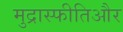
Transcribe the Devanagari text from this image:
मुद्रास्फीतिऔर